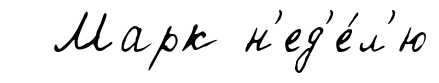
Марк н'ед'е́л'ю